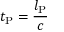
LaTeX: t _ { \mathrm { P } } = { \frac { l _ { \mathrm { P } } } { c } }